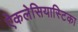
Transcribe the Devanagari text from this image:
ऐकलेसियास्टिका